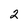
Character: 2